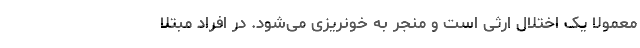
معمولا یک اختلال ارثی است و منجر به خونریزی می‌شود. در افراد مبتلا